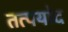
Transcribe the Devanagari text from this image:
तत्पयोद